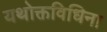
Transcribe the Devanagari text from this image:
यथोक्तविधिना